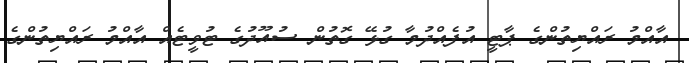
އާއްމު ރައްޔިތުންގެ ޕާޓީ އުފެއްދުމާ ގުޅޭ ގޮތުން ސުއޫދުގެ ޓުވީޓެއް އާއްމު ރައްޔިތުންގެ